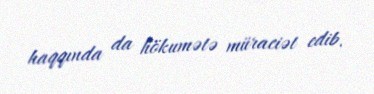
haqqında da hökumətə müraciət edib.